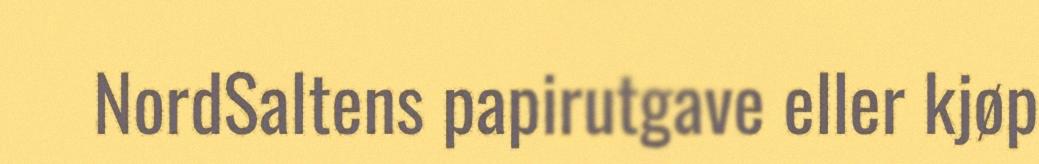
NordSaltens papirutgave eller kjøp